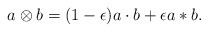
\begin{align*}a\otimes b=(1-\epsilon )a\cdot b+ \epsilon a*b.\end{align*}